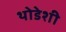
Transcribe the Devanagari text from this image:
थोडेशी